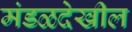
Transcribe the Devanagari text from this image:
मंडळदेखील